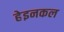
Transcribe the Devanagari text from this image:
हेइनकल